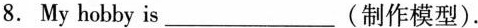
8.My hobby is___(制作模型).